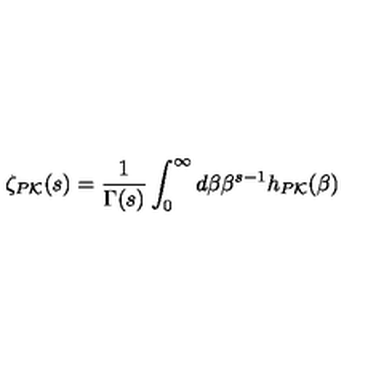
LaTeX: \zeta _ { P { \cal K } } ( s ) = \frac { 1 } { \Gamma ( s ) } \int _ { 0 } ^ { \infty } d \beta \beta ^ { s - 1 } h _ { P { \cal K } } ( \beta )